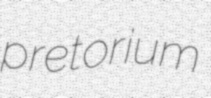
pretorium